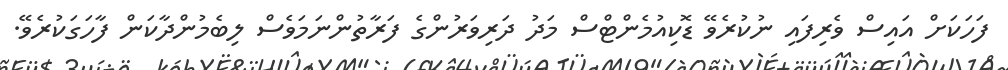
ފަހަކަށް އައިސް ވެރިފައި ނުކުރެވޭ ޑޮކިއުމެންޓްސް މަދު ދަރިވަރުންގެ ފަރާތުންނަމަވެސް ލިބެމުންދާކަން ފާހަގަކުރެވޭ.